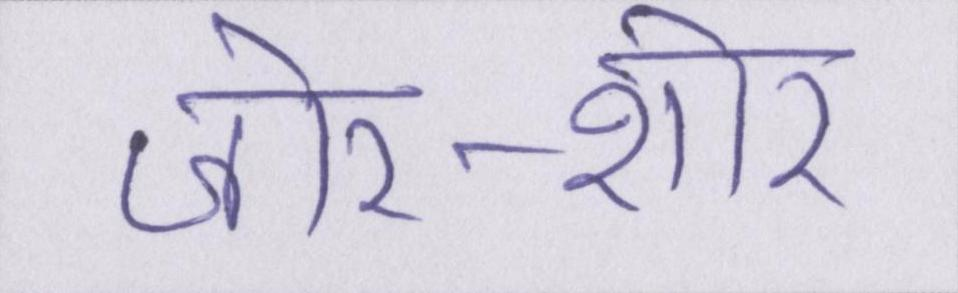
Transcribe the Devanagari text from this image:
जोर-शोर